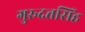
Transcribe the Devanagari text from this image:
गुरुदत्तसिंह